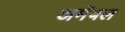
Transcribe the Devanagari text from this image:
अमेंबल